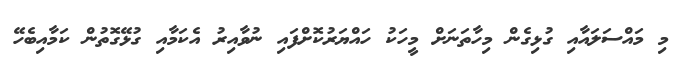
މި މައްސަލައާއި ގުޅިގެން މިހާތަނަށް މީހަކު ހައްޔަރުކޮށްފައި ނުވާއިރު އެކަމާއި ގުޅޭގޮތުން ކަމާއިބެހޭ